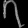
Digit: ၇